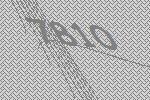
7810